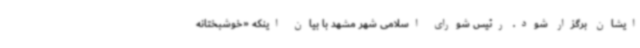
ایشان برگزار شود. رئیس شورای اسلامی شهر مشهد با بیان اینکه «خوشبختانه